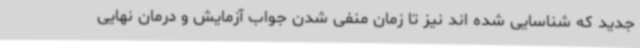
جدید که شناسایی شده اند نیز تا زمان منفی شدن جواب آزمایش و درمان نهایی